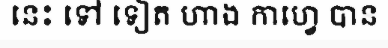
នេះ ទៅ ទៀត ហាង កាហ្វេ បាន